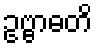
ဥဗ္ဗာဓတိ